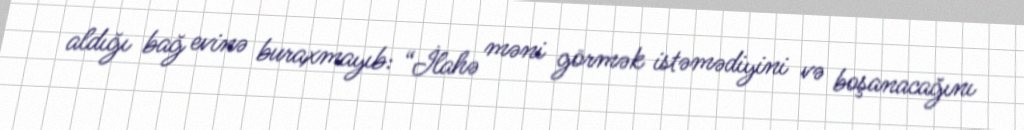
aldığı bağ evinə buraxmayıb: “İlahə məni görmək istəmədiyini və boşanacağını